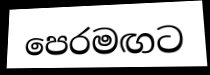
පෙරමඟට